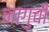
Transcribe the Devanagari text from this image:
नागुची